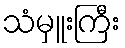
သံမှူးကြီး